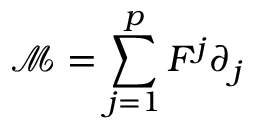
\mathcal M = \sum _ { j = 1 } ^ { p } F ^ { j } \partial _ { j }